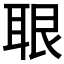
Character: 𦕨